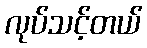
လုပ်သင့်တယ်